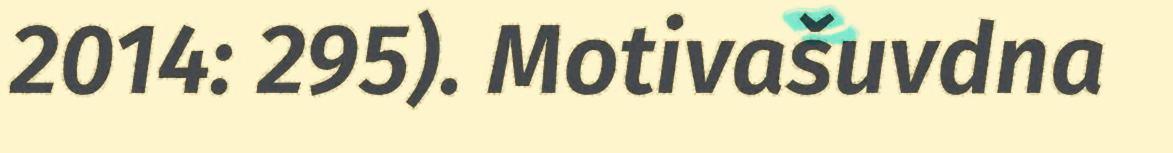
2014: 295). Motivašuvdna